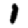
Digit: 1